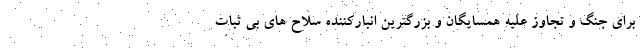
برای جنگ و تجاوز علیه همسایگان و بزرگترین انبارکننده سلاح های بی ثبات